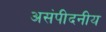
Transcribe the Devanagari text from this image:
असंपीदनीय